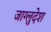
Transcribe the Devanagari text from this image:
जाग्लुदेश